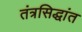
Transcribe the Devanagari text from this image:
तंत्रसिद्धांत